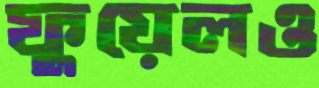
ফুয়েলও